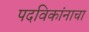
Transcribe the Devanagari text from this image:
पदविकांनाचा